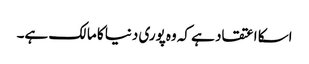
اسکا اعتقاد ہے کہ وه پوری دنیا کا مالک ہے۔